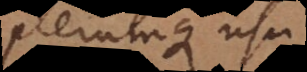
plerumque usu